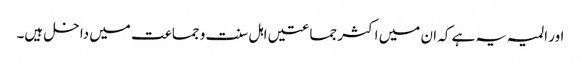
اور المیہ یہ ہے کہ ان میں اکثر جماعتیں اہل سنت و جماعت میں داخل ہیں۔